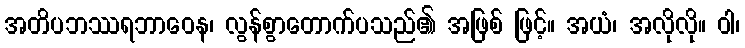
အတိပဘဿရဘာဝေန၊ လွန်စွာတောက်ပသည်၏ အဖြစ် ဖြင့်။ အယံ၊ အလိုလို။ ဝါ၊